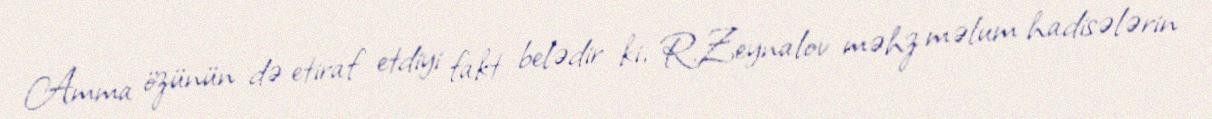
Amma özünün də etiraf etdiyi fakt belədir ki, R.Zeynalov məhz məlum hadisələrin